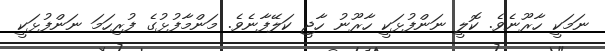
ނަމަކީ ހާރޫނެވެ. ކޮލީ ނަންފުޅަކީ ހާރޫނު ހާޖީ ކަލޭފާނެވެ. މަންމާފުޅުގެ ފުރިހަމަ ނަންފުޅަކީ